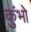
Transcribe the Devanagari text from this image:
कुंभो